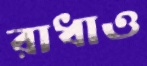
রাধাও